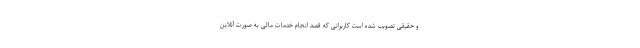
و حقیقی تصویب شده است کاربرانی که قصد انجام خدمات مالی به صورت آنلاین